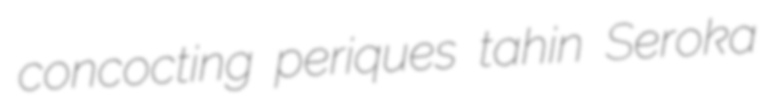
concocting periques tahin Seroka